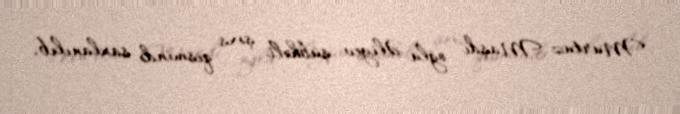
Murtuz Maşdı oğlu Əliyev şübhəli şəxs qismində saxlanılıb.